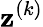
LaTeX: \mathbf{z}^{(k)}